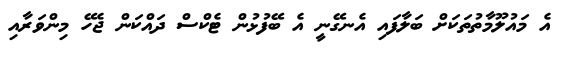
އެ މައުލޫމާތުތަކަށް ބަލާފައި އެނގޭނީ އެ ބޭފުޅުން ޓެކްސް ދައްކަން ޖެހޭ މިންވަރާއި